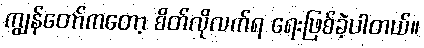
ကျွန်တော်ကတော့ စိတ်လိုလက်ရ ရေးဖြစ်ခဲ့ပါတယ်။